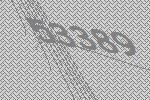
53389